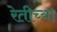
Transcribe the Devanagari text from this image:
रेतीच्या